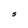
Character: s